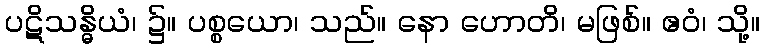
ပဋိသန္ဓိယံ၊ ၌။ ပစ္စယော၊ သည်။ နော ဟောတိ၊ မဖြစ်။ ဧဝံ၊ သို့။